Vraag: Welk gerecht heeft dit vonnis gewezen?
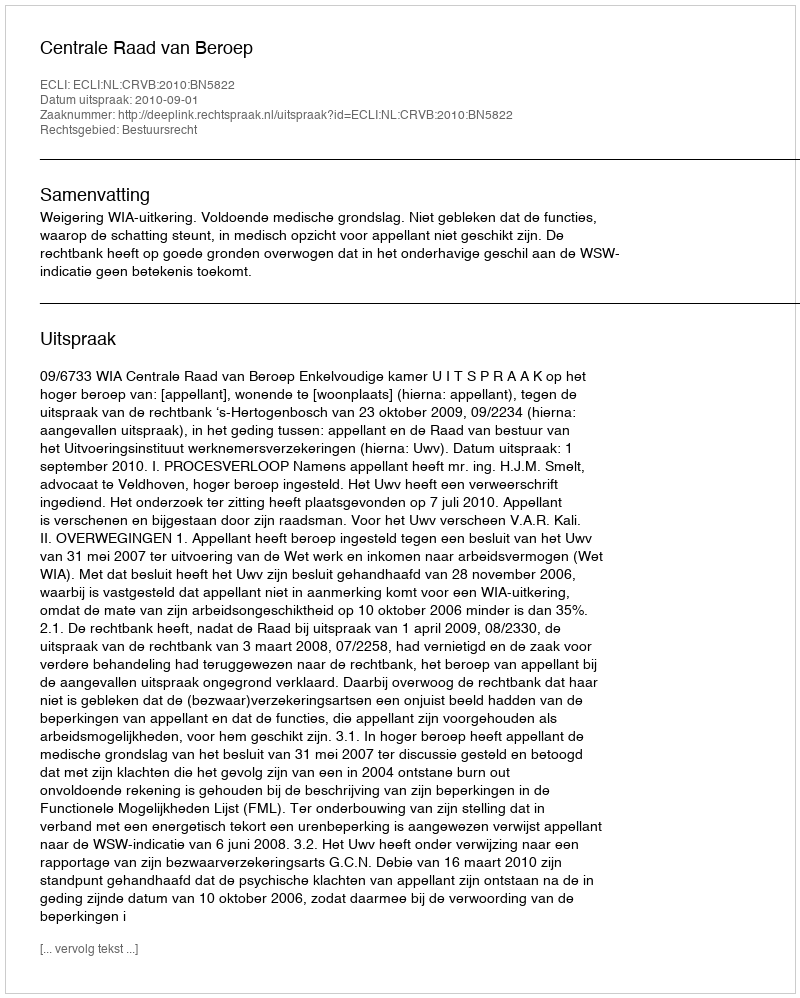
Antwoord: Centrale Raad van Beroep